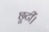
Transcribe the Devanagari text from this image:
छूटीं।